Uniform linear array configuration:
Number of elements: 16
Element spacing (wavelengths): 0.75
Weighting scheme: kaiser
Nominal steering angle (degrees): -15
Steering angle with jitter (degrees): -14.257
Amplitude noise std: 0.05
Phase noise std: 0.05

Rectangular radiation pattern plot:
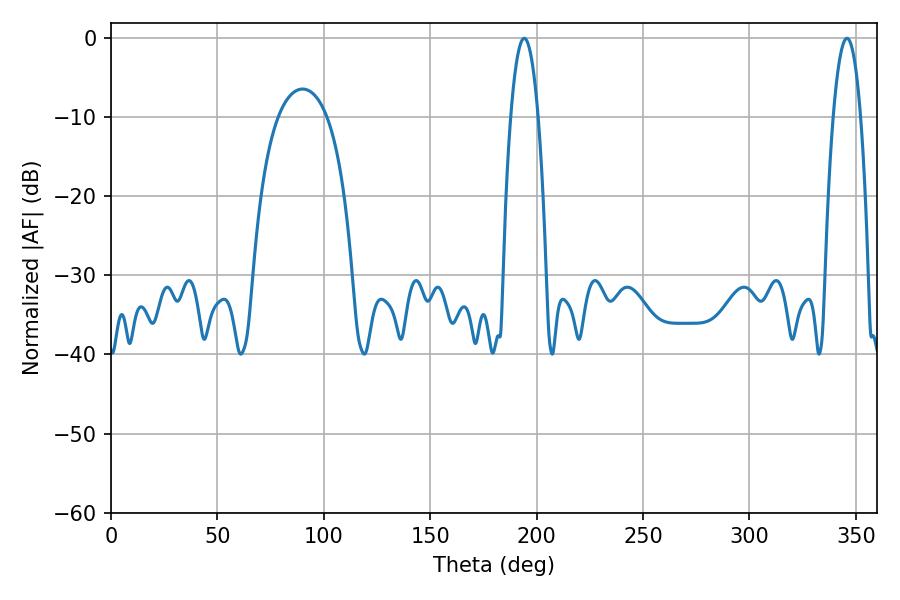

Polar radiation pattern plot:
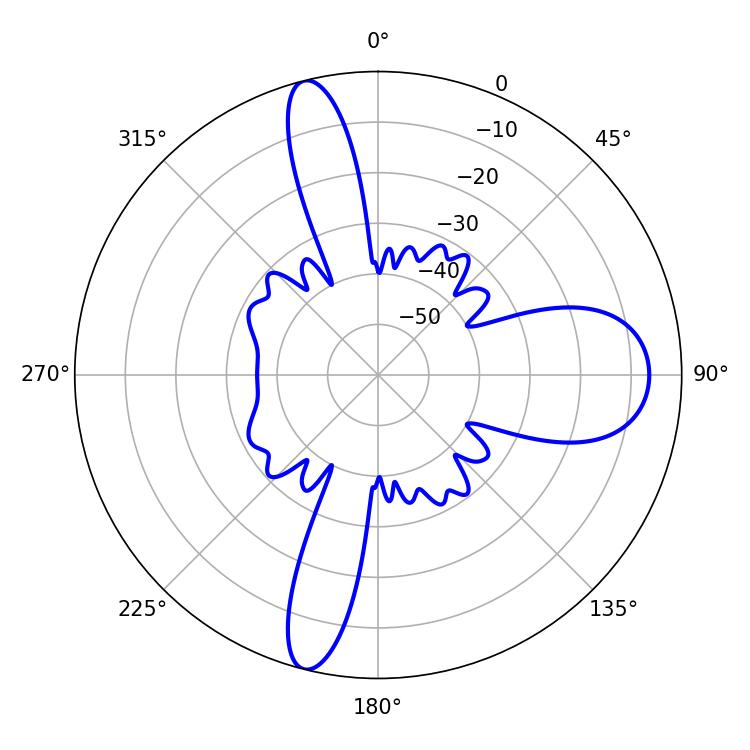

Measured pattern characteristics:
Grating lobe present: TRUE
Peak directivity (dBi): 20.114
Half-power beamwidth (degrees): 7.2
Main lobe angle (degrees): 194.22